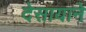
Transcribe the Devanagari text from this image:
देसायाने